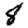
Digit: 8